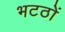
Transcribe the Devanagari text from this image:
भटठों